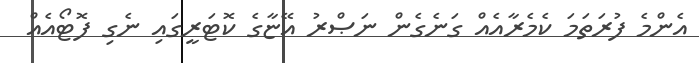
އެންމެ ފުރަތަމަ ކެމެރާއެއް ގަނެގެން ނަޞްރު އޭޏާގެ ކޮޓަރީގައި ނެގި ފޮޓޯއެއް